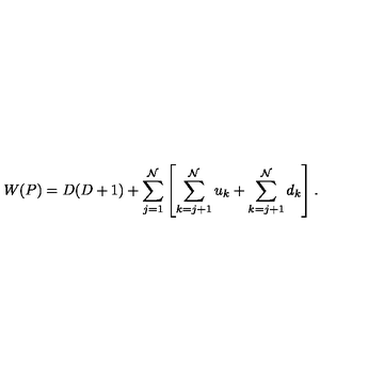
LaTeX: W ( P ) = D ( D + 1 ) + \sum _ { j = 1 } ^ { \cal N } \left[ \sum _ { k = j + 1 } ^ { \cal N } u _ { k } + \sum _ { k = j + 1 } ^ { \cal N } d _ { k } \right] .